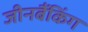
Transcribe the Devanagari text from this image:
जीनबैंकिंग